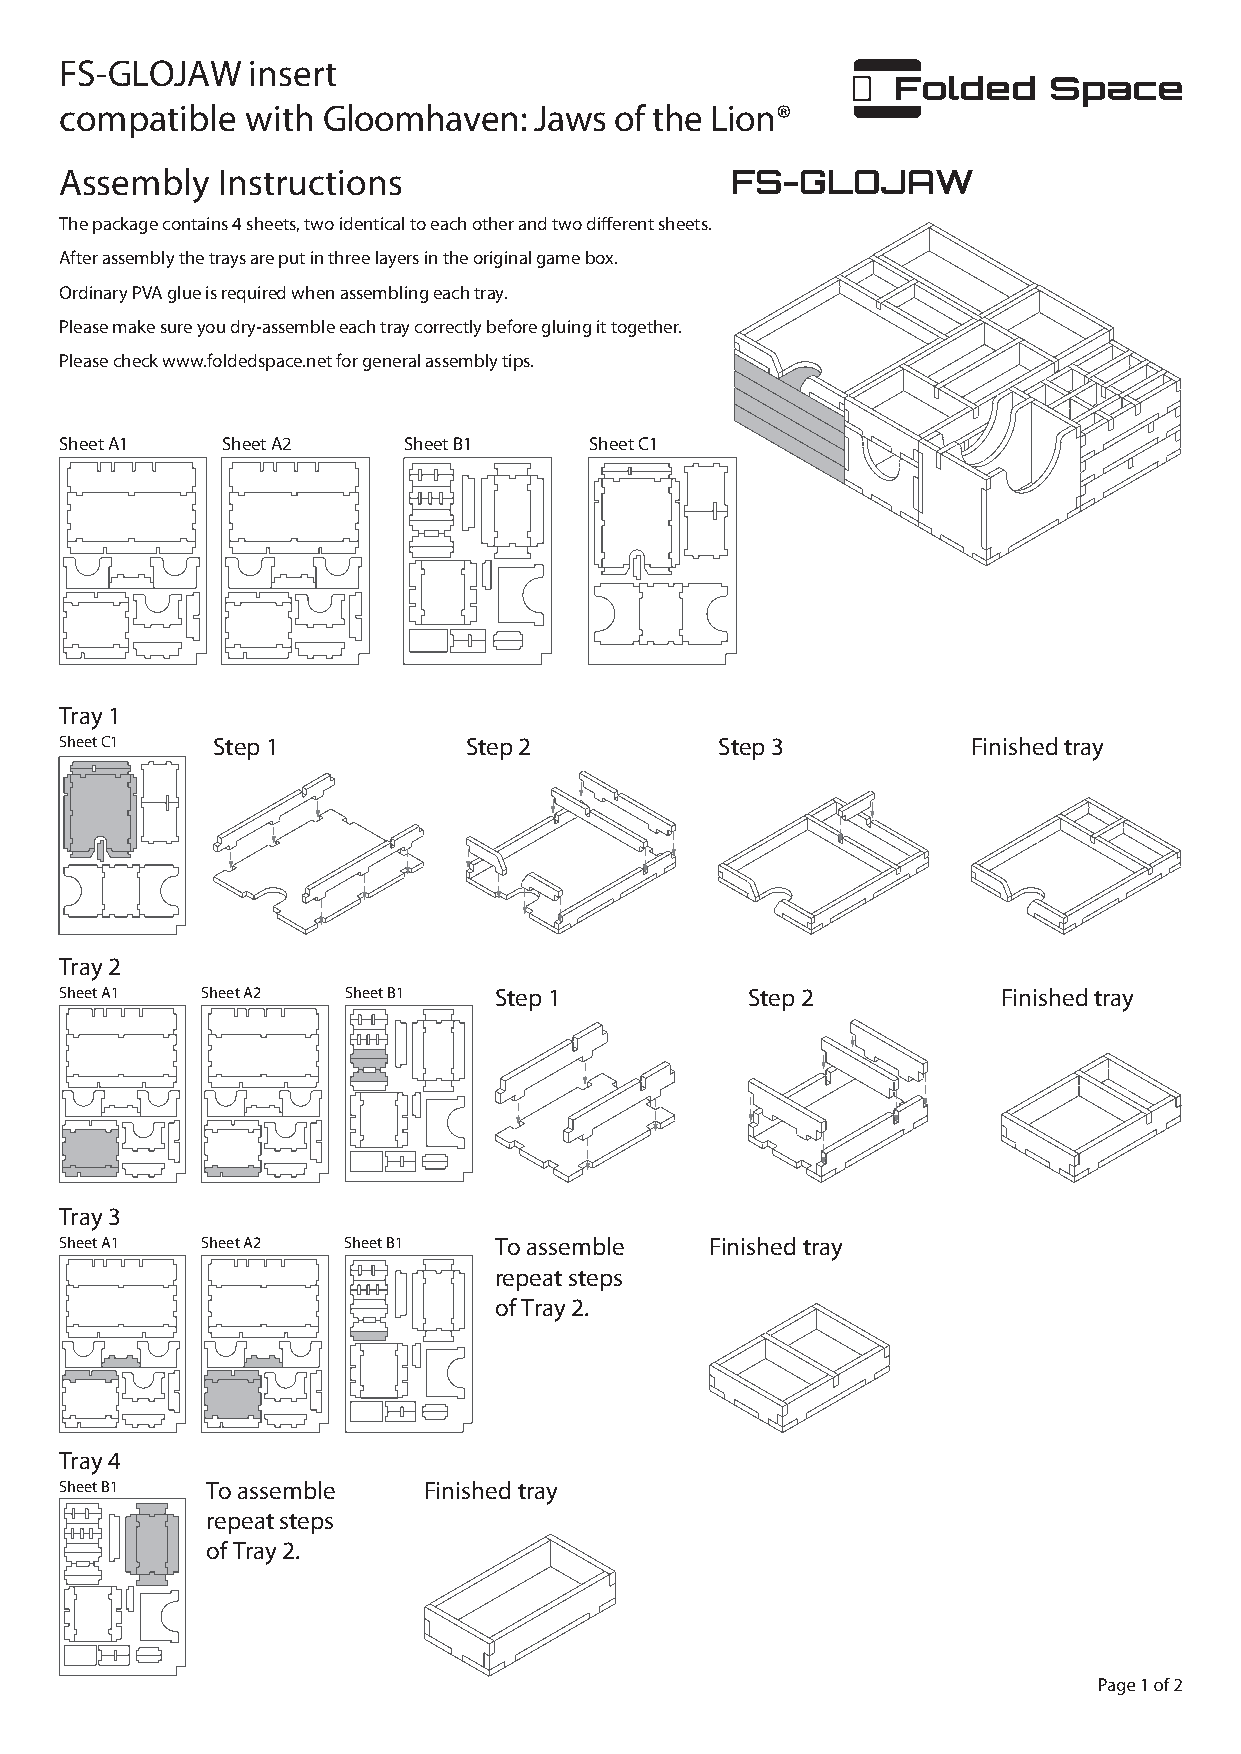
FS-GLOJAW    insert
 compatible  with Gloomhaven:   Jaws  of the Lion®
 Assembly  Instructions                      FS-GLOJAW
 The package contains 4 sheets, two identical to each other and two different sheets.
 After assembly the trays are put in three layers in the original game box.
 Ordinary PVA glue is required when assembling each tray.
 Please make sure you dry-assemble each tray correctly before gluing it together.
 Please check www.foldedspace.net for general assembly tips.
 Sheet A1   Sheet A2    Sheet B1    Sheet C1
 Tray 1
 Sheet C1  Step 1           Step 2           Step 3          Finished tray
 Tray 2
 Sheet A1 Sheet A2  Sheet B1  Step 1          Step 2           Finished tray
 Tray 3
 Sheet A1 Sheet A2  Sheet B1  To assemble   Finished tray
 repeat steps
 of Tray 2.
 Tray 4
 Sheet B1  To assemble   Finished tray
 repeat steps
 of Tray 2.